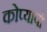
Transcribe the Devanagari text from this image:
कोप्यापो